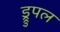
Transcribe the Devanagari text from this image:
ड्रुपल